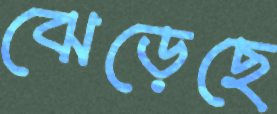
ঝেড়েছে